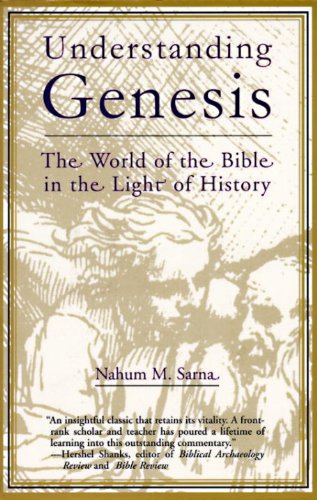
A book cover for Understanding Genesis (The Heritage of Biblical Israel); Nahum M. Sarna; Religion & Spirituality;